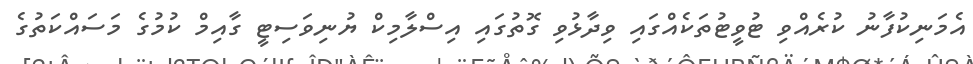
އެމަނިކުފާނު ކުރެއްވި ޓުވީޓުތަކެއްގައި ވިދާޅުވި ގޮތުގައި އިސްލާމިކް ޔުނިވަސިޓީ ގާއިމް ކުމުގެ މަސައްކަތުގެ